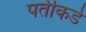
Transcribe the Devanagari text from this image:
पतीकडे